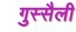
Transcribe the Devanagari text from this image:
गुस्सैली